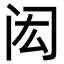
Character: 闳